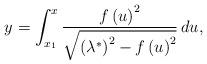
LaTeX: \begin{align*}y=\int_{x_{1}}^{x}\frac{f\left( u\right) ^{2}}{\sqrt{\left( \lambda ^{\ast}\right) ^{2}-f\left( u\right) ^{2}}}\,du, \end{align*}